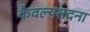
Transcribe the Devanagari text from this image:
कैवल्यसदना